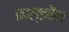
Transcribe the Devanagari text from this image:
काल्डवैल